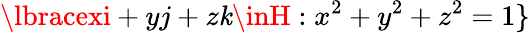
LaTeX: \lbracexi+yj+z\mathit{k}\inH:x^{2}+y^{2}+z^{2}=1\rbrace